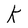
Character: K